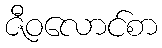
ဇီဝလောင်စာ